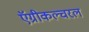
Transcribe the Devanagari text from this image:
ऍग्रीकल्चरल